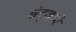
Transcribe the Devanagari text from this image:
बंट्वारे